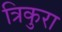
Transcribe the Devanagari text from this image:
त्रिकुरा